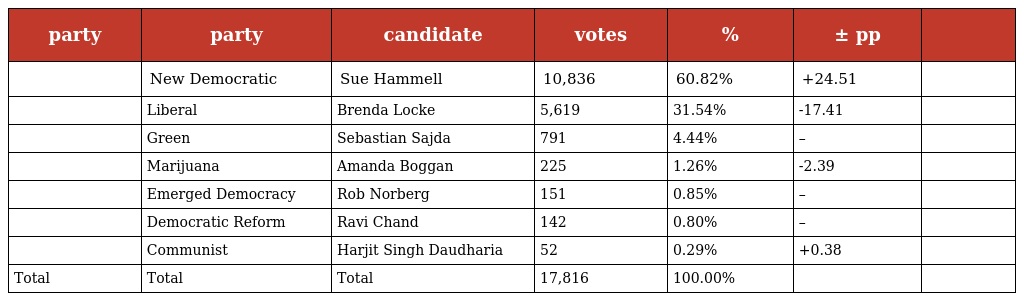
| party | party | candidate | votes | % | ± pp |  |
 | --- | --- | --- | --- | --- | --- | --- |
 |  | New Democratic | Sue Hammell | 10,836 | 60.82% | +24.51 |  |
 |  | Liberal | Brenda Locke | 5,619 | 31.54% | -17.41 |  |
 |  | Green | Sebastian Sajda | 791 | 4.44% | – |  |
 |  | Marijuana | Amanda Boggan | 225 | 1.26% | -2.39 |  |
 |  | Emerged Democracy | Rob Norberg | 151 | 0.85% | – |  |
 |  | Democratic Reform | Ravi Chand | 142 | 0.80% | – |  |
 |  | Communist | Harjit Singh Daudharia | 52 | 0.29% | +0.38 |  |
 | Total | Total | Total | 17,816 | 100.00% |  |  |